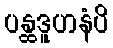
ပန္ထဒူဟနံပိ